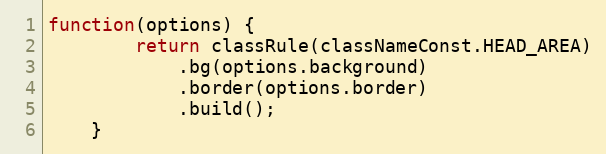
Language: JavaScript
function(options) {
        return classRule(classNameConst.HEAD_AREA)
            .bg(options.background)
            .border(options.border)
            .build();
    }